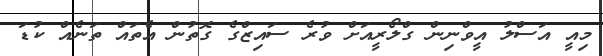
މިއީ އަސްލު އީވްނިން ގްލޯރީއަށް ވުރެ ސައިޒްގެ ގޮތުން އެތައް ތަނެއް ކުޑަ